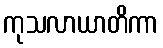
ကုသလာယာတိကာ